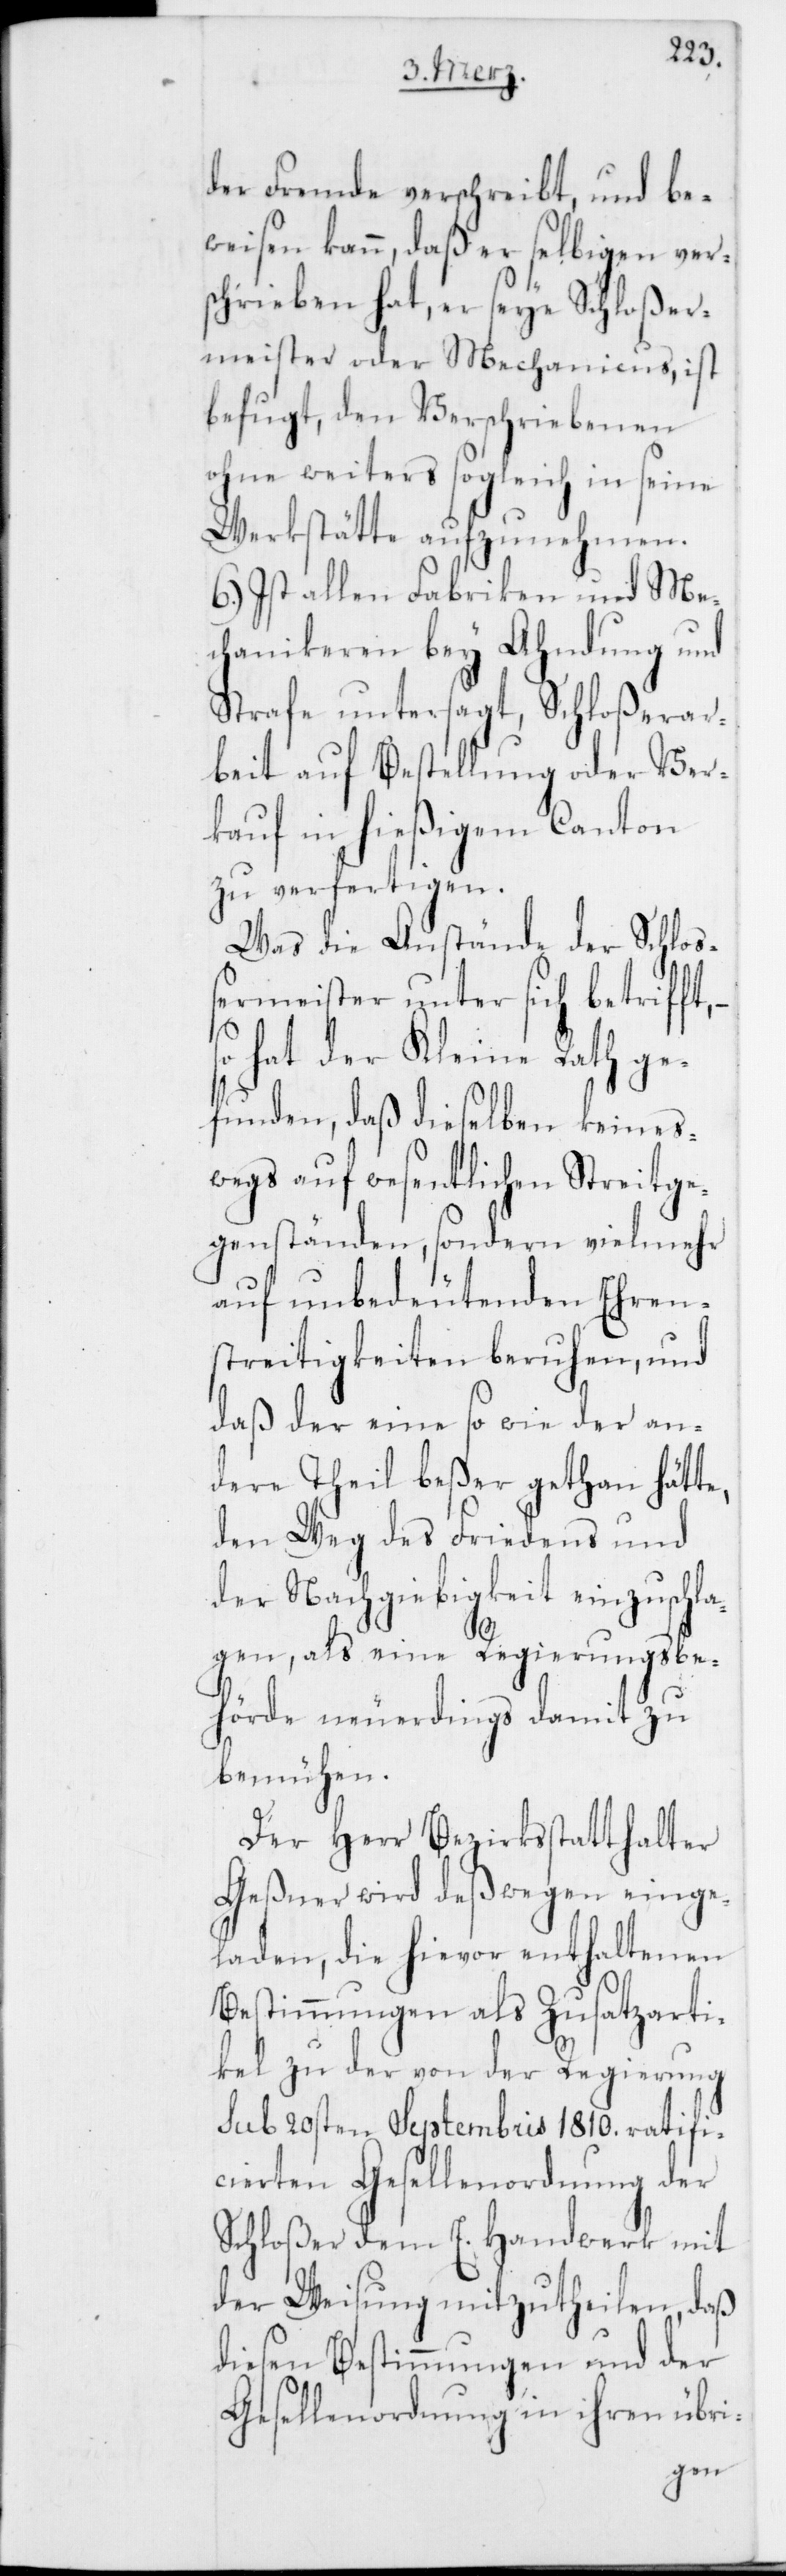
ft,
der Fremde verschreibt, und be¬
weisen kann, daß er selbigen ver¬
schrieben hat, er seye Schloßer¬
meister oder Mechanicus, ist
befugt, den Verschriebenen
ohne weiters sogleich in seine
Werkstätte aufzunehmen.
6.) Ist allen Fabriken und Me¬
chanikeren bey Ahndung und
Strafe untersagt, Schloßerar¬
beit auf Bestellung oder Ver¬
kauf in hießigem Canton
zu verfertigen.
Was die Anstände der Schloß¬
ermeister unter sich betrif¬
so hat der Kleine Rath ge¬
funden, daß dieselben keines¬
wegs auf wesentlichen Streitge¬
genständen, sondern vielmehr
auf unbedeutenden Ehren¬
streitigkeiten beruhen, und
daß der eine so wie der an¬
dere Theil beßer gethan hätte,
den Weg des Friedens und
der Nachgiebigkeit einzuschl¬
agen, als eine Regierungsbe¬
hörde neuerdings damit zu
bemühen.
Der Herr Bezirksstatthalter
Geßner wird deßwegen einge¬
laden, die hievor enthaltenen
Bestimmungen als Zusatzarti¬
kel zu der von der Regierung
sub 20sten Septembris 1810. ratifi¬
cierten Gesellenordnung der
Schloßer dem E. Handwerk mit
der Weisung mitzutheilen, daß
diesen Bestimmungen und der
Gesellenordnung in ihren übri-